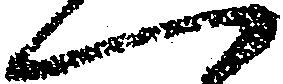
一